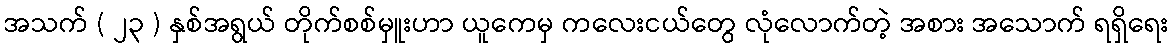
အသက် ( ၂၃ ) နှစ်အရွယ် တိုက်စစ်မှူးဟာ ယူကေမှ ကလေးငယ်တွေ လုံလောက်တဲ့ အစား အသောက် ရရှိရေး